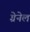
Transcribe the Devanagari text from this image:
ग्रेनेल